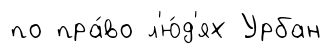
по пра́во л'ю́д'ях Урбан